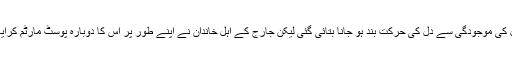
اس کی لاش کے ابتدائی پوسٹ مارٹم کی رپورٹ میں موت کی وجہ بعض عوامل کی موجودگی سے دل کی حرکت بند ہو جانا بتائی گئی لیکن جارج کے اہل خاندان نے اپنے طور پر اس کا دوبارہ پوسٹ مارٹم کرایا جس میں صاف ہو گیا کہ موت گردن پر دباؤ پڑنے پردم گھٹنے سے ہوئی تھی۔